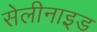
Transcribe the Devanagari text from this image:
सेलीनाइड